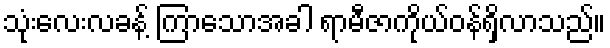
သုံးလေးလခန့် ကြာသောအခါ ရာမီဇာကိုယ်ဝန်ရှိလာသည်။